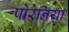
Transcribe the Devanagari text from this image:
पोरेनिया